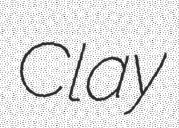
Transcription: Clay